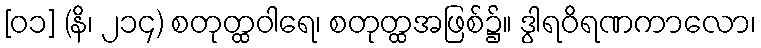
[၀၁] (နိ၊ ၂၁၄) စတုတ္ထဝါရေ၊ စတုတ္ထအဖြစ်၌။ ဒွါရဝိရဏကာလော၊